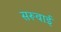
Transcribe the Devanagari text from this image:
सरूबाई